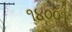
૧૪૦૦૧